Leaving Certificate Examination (including Day School Certificate (Higher) General paper), 1938
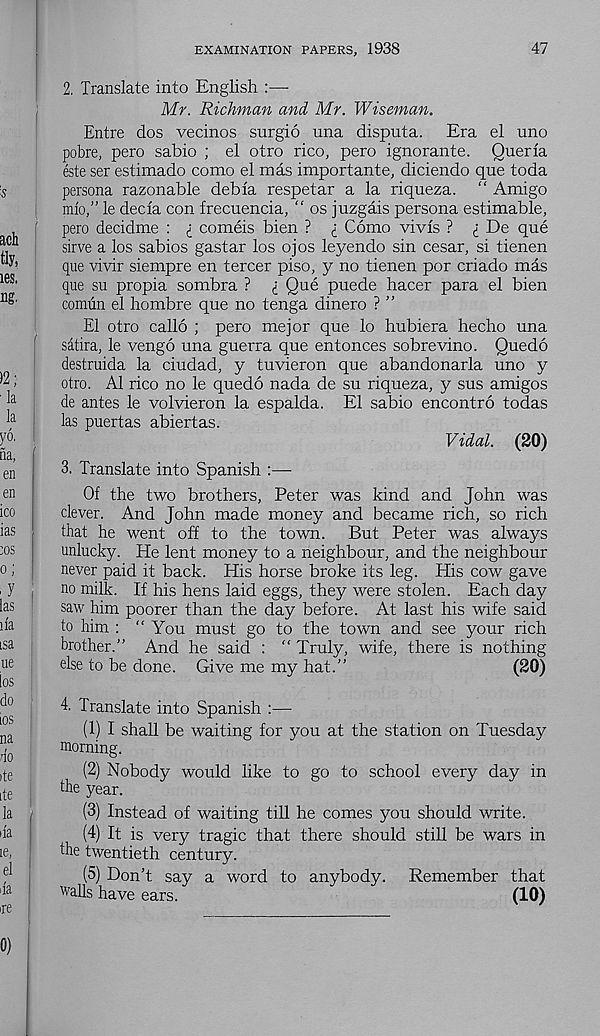
EXAMINATION PAPERS, 1938
47
2. Translate into English :—
Mr. Rickman and, Mr. Wiseman.
Entre dos vecinos surgio una disputa. Era el uno
pobre, pero sabio ; el otro rico, pero ignorante. Querla
este ser estimado como el mas importante, diciendo que toda
persona razonable debla respetar a la riqueza. “ Amigo
mlo,” le decla con frecuencia, “ os juzgais persona estimable,
;
pero decidme : ; comeis bien ? i Como vivls ?
De que
sirve a los sabios gastar los ojos leyendo sin cesar, si tienen
que vivir siempre en tercer piso, y no tienen por criado mas
que su propia sombra ? i Que puede hacer para el bien
comiin el hombre que no tenga dinero ? ”
El otro callo ; pero mejor que lo hubiera hecho una
satira, le vengo una guerra que entonces sobrevino. Quedo
destruida la ciudad, y tuvieron que abandonarla uno y
otro. A1 rico no le quedo nada de su riqueza, y sus amigos
de antes le volvieron la espalda. El sabio encontro todas
las puertas abiertas.
Vidal. (20)
3. Translate into Spanish :—•
Of the two brothers, Peter was kind and John was
clever. And John made money and became rich, so rich
that he went off to the town. But Peter was always
unlucky. He lent money to a neighbour, and the neighbour
never paid it back. His horse broke its leg. His cow gave
j
no milk. If his hens laid eggs, they were stolen. Each day
saw him poorer than the day before. At last his wife said
to him : "You must go to the town and see your rich
brother.” And he said : " Truly, wife, there is nothing
else to be done. Give me my hat.”
(20)
4. Translate into Spanish :—•
(1) I shall be waiting for you at the station on Tuesday
morning.
(2) Nobody would like to go to school every day in
the year.
(3) Instead of waiting till he comes you should write.
^ I1: is very tragic that there should still be wars in
the twentieth century.
(5) Don’t say a word to anybody. Remember that
walls have ears.
(10)